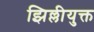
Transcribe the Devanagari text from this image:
झिल्लीयुक्त